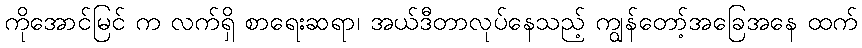
ကိုအောင်မြင် က လက်ရှိ စာရေးဆရာ၊ အယ်ဒီတာလုပ်နေသည့် ကျွန်တော့်အခြေအနေ ထက်